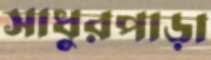
সাধুরপাড়া